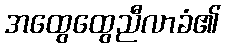
အထွေထွေညီလာခံ၏